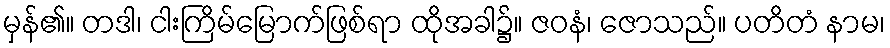
မှန်၏။ တဒါ၊ ငါးကြိမ်မြောက်ဖြစ်ရာ ထိုအခါ၌။ ဇဝနံ၊ ဇောသည်။ ပတိတံ နာမ၊